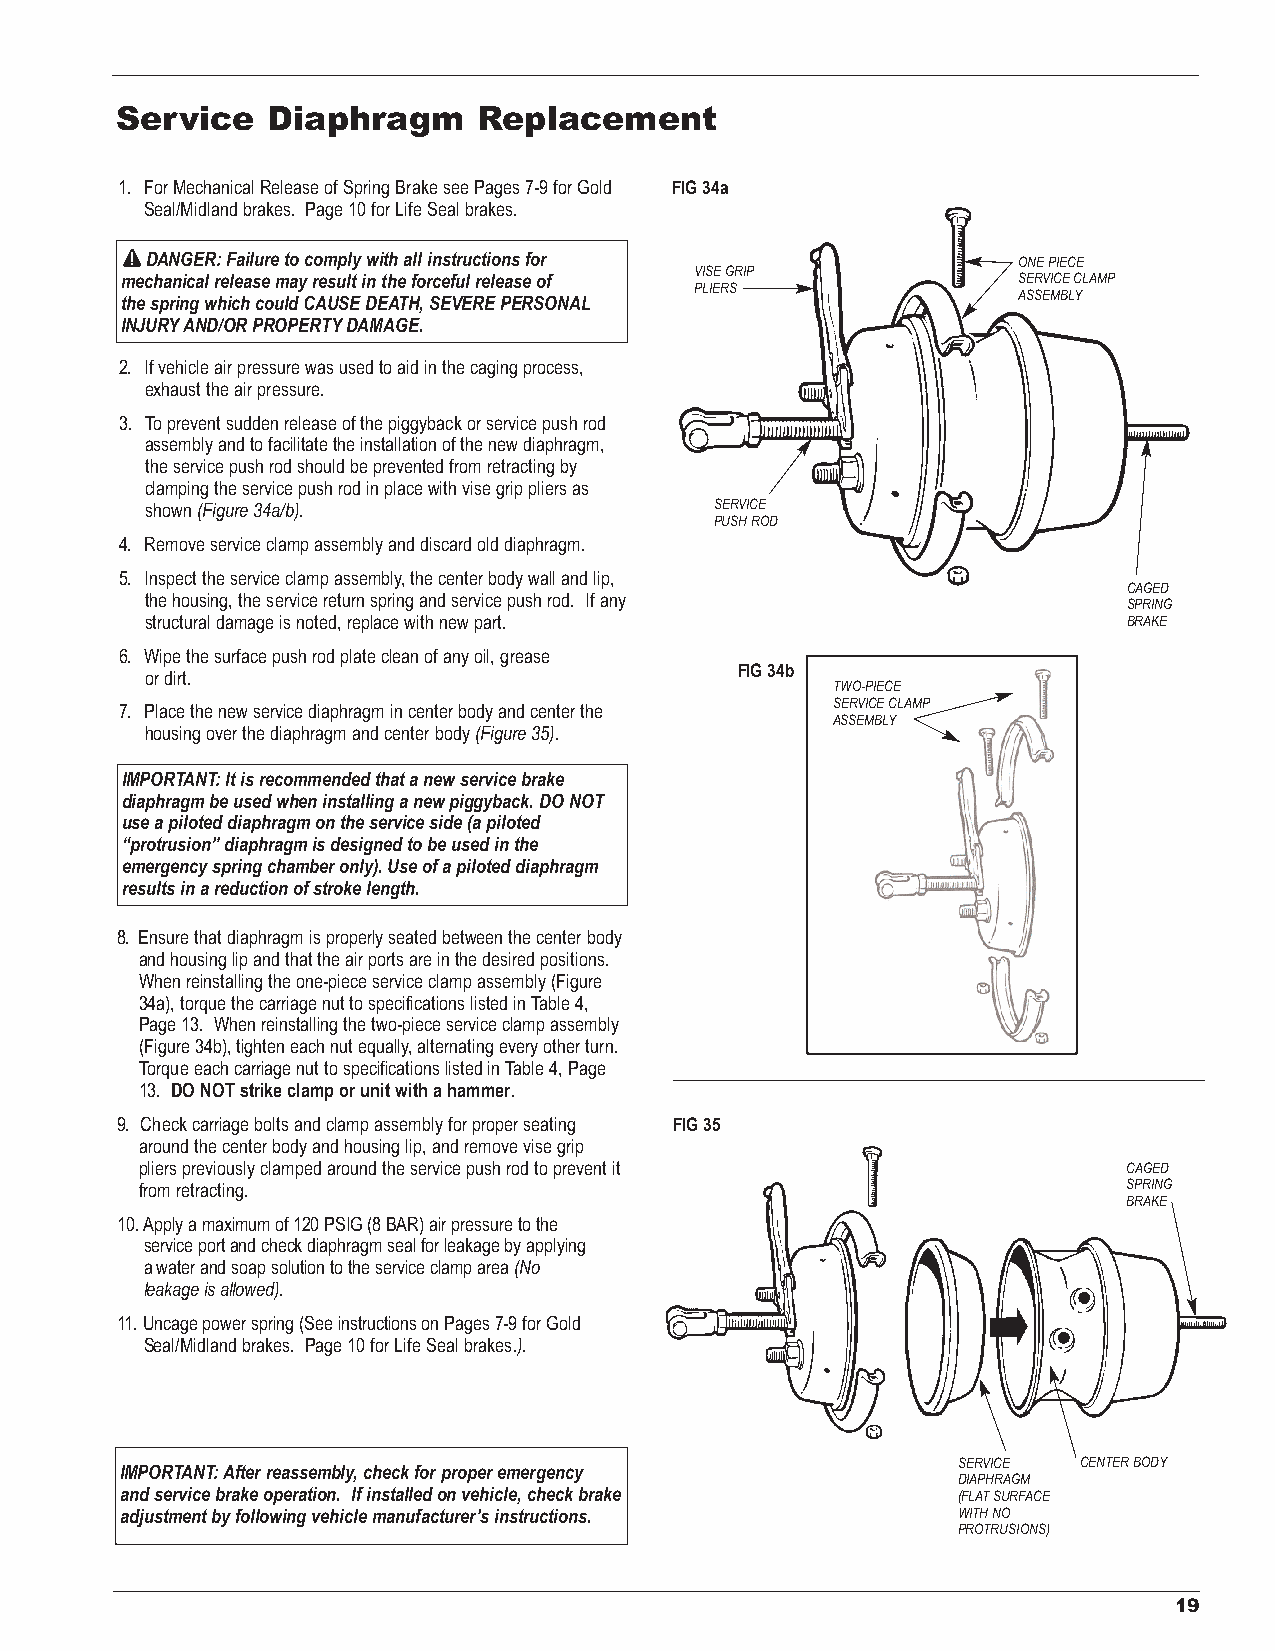
Service   Diaphragm     Replacement
 1. For Mechanical Release of Spring Brake see Pages 7-9 for Gold FIG 34a
 Seal/Midland brakes. Page 10 for Life Seal brakes.
 DANGER: Failure to comply with all instructions for      ONE PIECE
 VISE GRIP
 mechanical release may result in the forceful release of   SERVICE CLAMP
 PLIERS
 ASSEMBLY
 the spring which couldCAUSE DEATH, SEVERE PERSONAL
 INJURYAND/OR PROPERTYDAMAGE.
 2. If vehicle air pressure was used to aid in the caging process,
 exhaust the air pressure.
 3. To prevent sudden release of the piggyback or service push rod
 assembly and to facilitate the installation of the new diaphragm,
 the service push rod should be prevented from retracting by
 clamping the service push rod in place with vise grip pliers as
 shown(Figure 34a/b).                 SERVICE
 PUSH ROD
 4. Remove service clamp assembly and discard old diaphragm.
 5. Inspect the service clamp assembly, the center body wall and lip,
 CAGED
 the housing, the service return spring and service push rod. If any
 SPRING
 structural damage is noted, replace with new part.               BRAKE
 6. Wipe the surface push rod plate clean of any oil, grease
 FIG 34b
 or dirt.
 TWO-PIECE
 7. Place the new service diaphragm in center body and center the SERVICE CLAMP
 ASSEMBLY
 housing over the diaphragm and center body (Figure 35).
 IMPORTANT: It is recommended that a new service brake
 diaphragm be used when installing a new piggyback. DO NOT
 use a piloted diaphragm on the service side (a piloted
 “protrusion” diaphragm is designed to be used in the
 emergency spring chamber only). Use of a piloted diaphragm
 results in a reduction of stroke length.
 8. Ensure that diaphragm is properly seated between the center body
 and housing lip and that the air ports are in the desired positions.
 When reinstalling the one-piece service clamp assembly (Figure
 34a), torque the carriage nut to specifications listed in Table 4,
 Page 13. When reinstalling the two-piece service clamp assembly
 (Figure 34b), tighten each nut equally, alternating every other turn.
 Torque each carriage nut to specifications listed in Table 4, Page
 13. DO NOT strike clamp or unit with a hammer.
 9. Check carriage bolts and clamp assembly for proper seating FIG 35
 around the center body and housing lip, and remove vise grip
 pliers previously clamped around the service push rod to prevent it CAGED
 from retracting.                                                  SPRING
 BRAKE
 10.Apply a maximum of 120 PSIG (8 BAR)air pressure to the
 service port and check diaphragm seal for leakage by applying
 a water and soap solution to the service clamp area (No
 leakage is allowed).
 11.Uncage power spring (See instructions on Pages 7-9 for Gold
 Seal/Midland brakes. Page 10 for Life Seal brakes.).
 SERVICE  CENTER BODY
 IMPORTANT: After reassembly, check for proper emergency
 DIAPHRAGM
 and service brake operation. If installed on vehicle, check brake (FLATSURFACE
 adjustment by following vehicle manufacturer’s instructions. WITH NO
 PROTRUSIONS)
 19